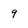
Character: 9